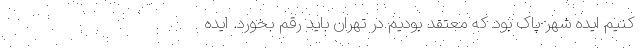
کنیم ایده شهر پاک بود که معتقد بودیم در تهران باید رقم بخورد. ایده